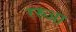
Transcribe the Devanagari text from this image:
ररुआ